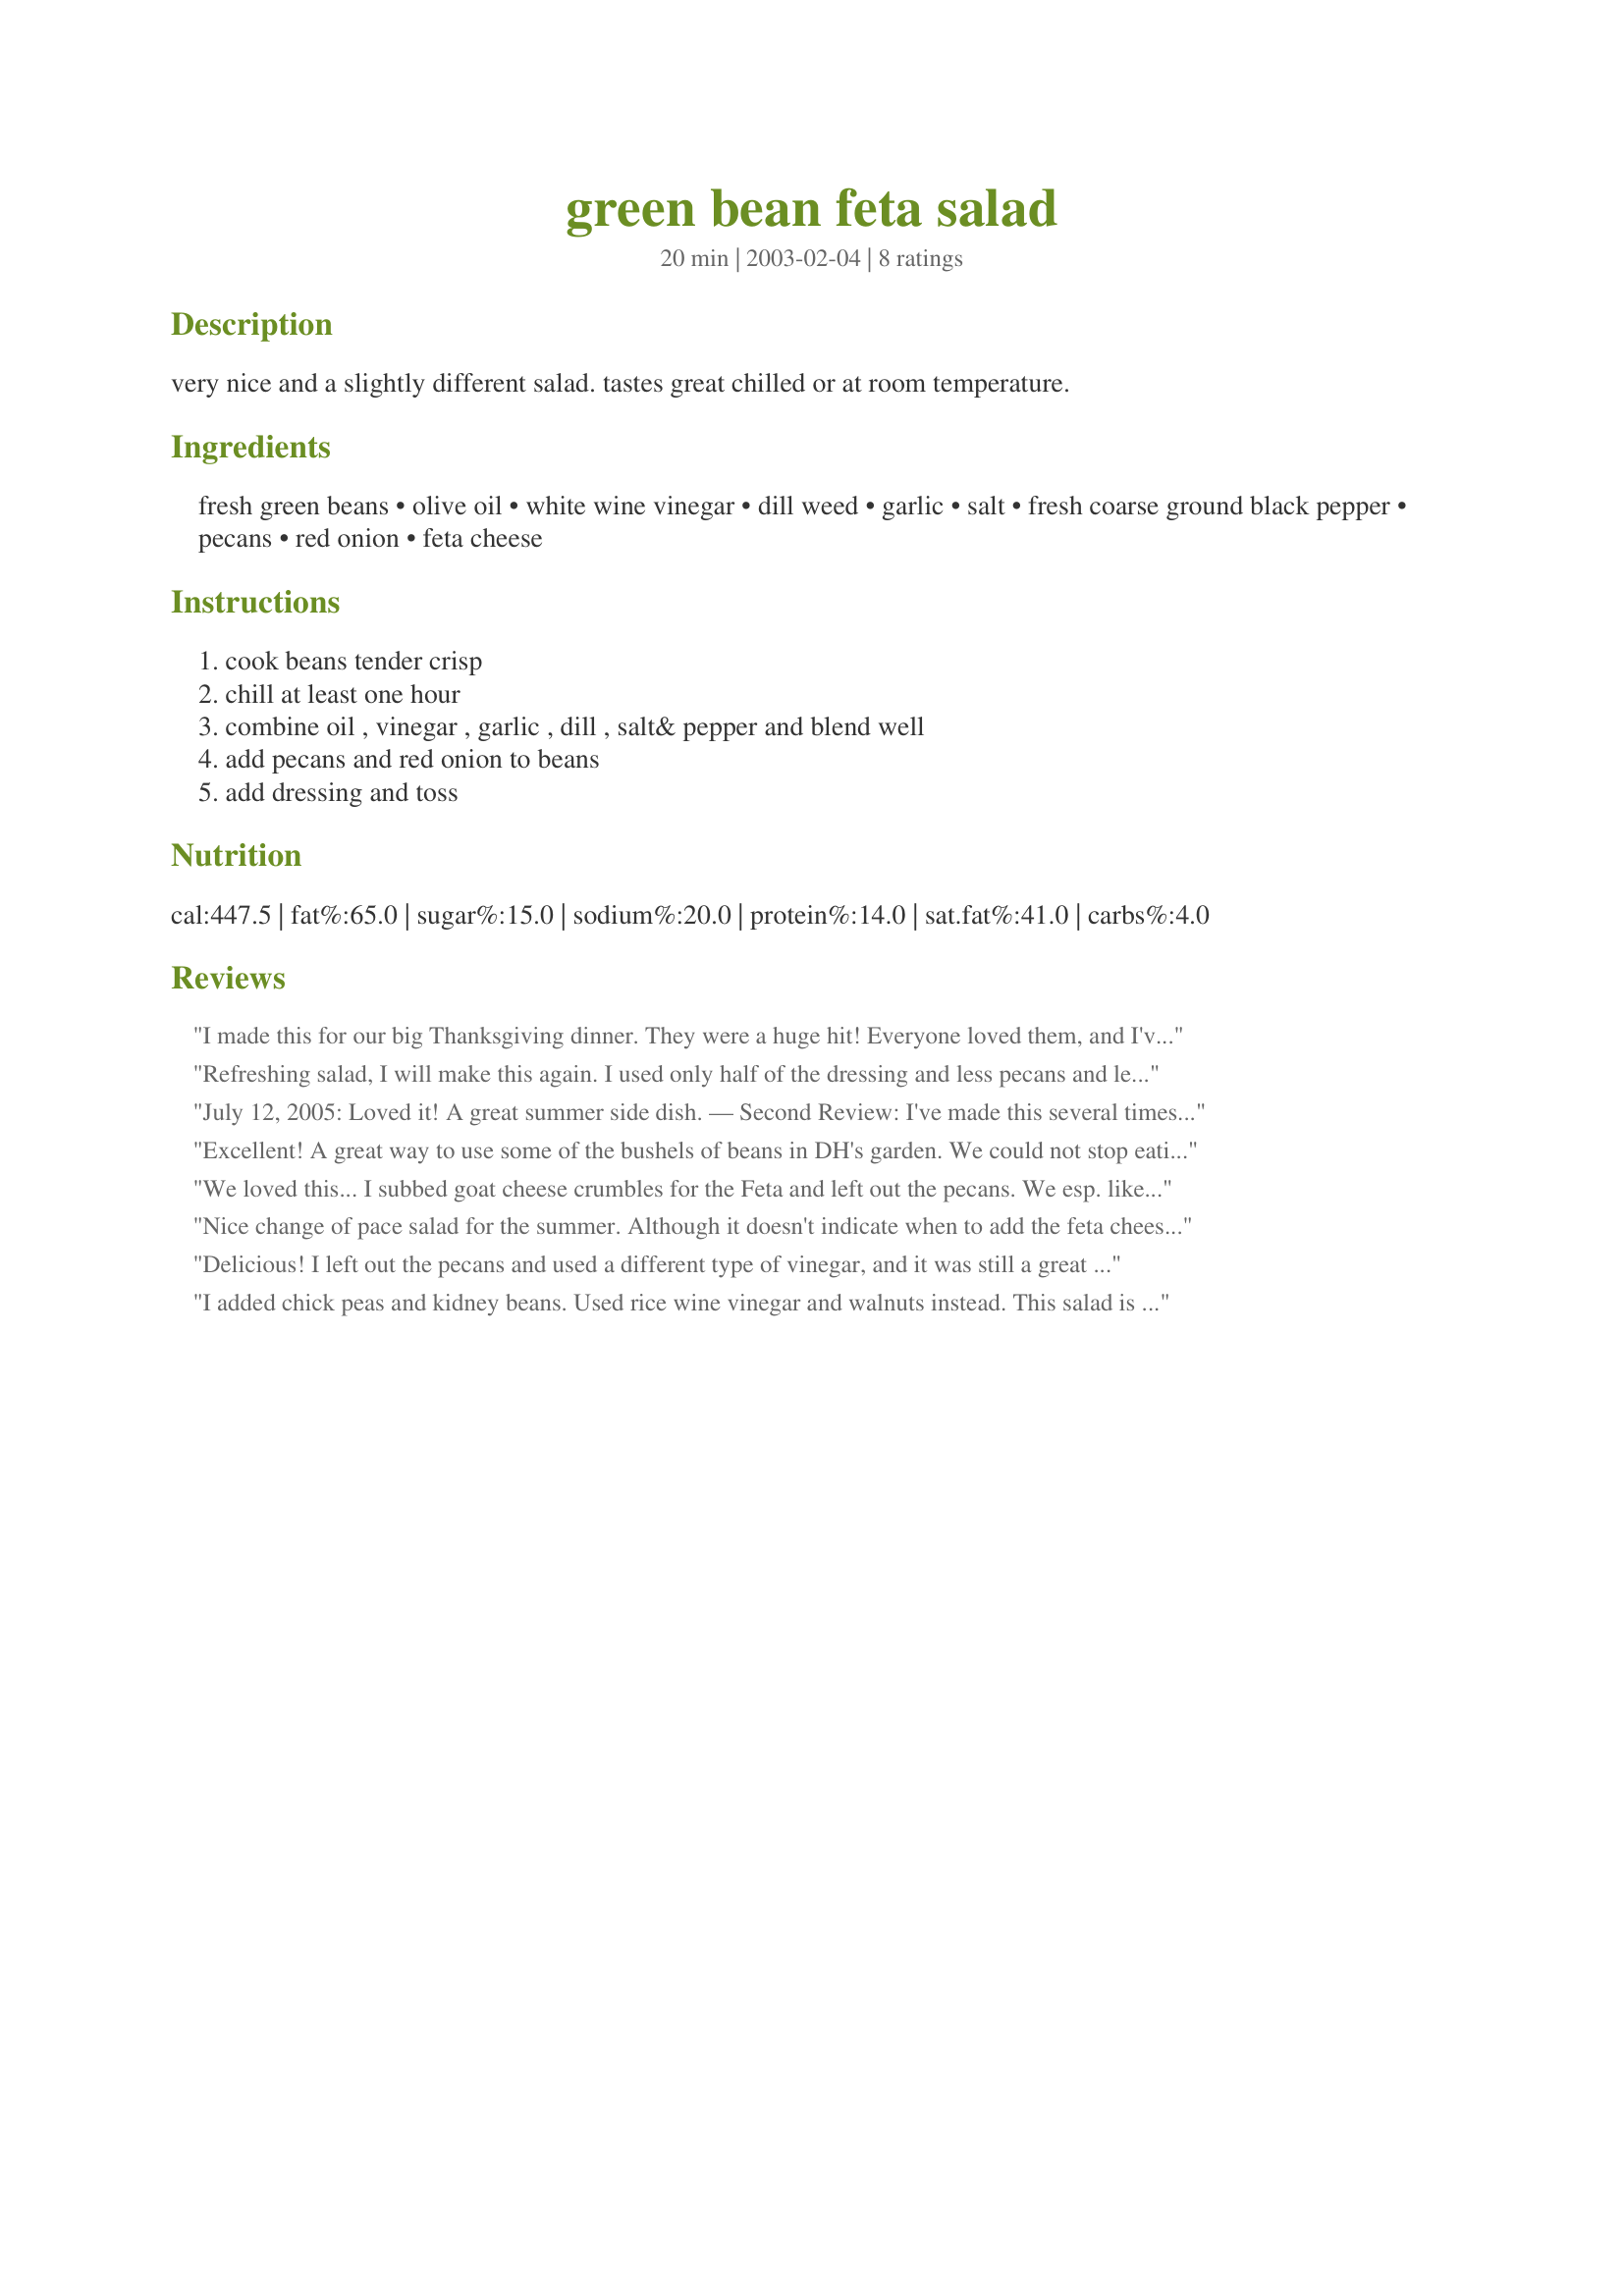
green bean feta salad
Preparation time: 20 minutes

very nice and a slightly different salad. tastes great chilled or at room temperature.

Ingredients:
fresh green beans, olive oil, white wine vinegar, dill weed, garlic, salt, fresh coarse ground black pepper, pecans, red onion, feta cheese

Steps:
cook beans tender crisp, chill at least one hour, combine oil , vinegar , garlic , dill , salt& pepper and blend well, add pecans and red onion to beans, add dressing and toss

Reviews:
I made this for our big Thanksgiving dinner. They were a huge hit! Everyone loved them, and I've been assigned to making them again next year...lucky for me because they are super easy and fast to make!
Refreshing salad, I will make this again. I used only half of the dressing and less pecans and less feta cheese and fresh cooked beans.
July 12, 2005: Loved it! A great summer side dish. — Second Review: I've made this several times this summer and everyone loves it. Last weekend, I brought this salad to a party and it was the only empty dish at the end of the night. The hostess was disappointed because she wanted some leftovers! I cut the fresh green beans into 1" pieces after cooking,a nd I do NOT think using canned or frozen green beans would work well. I've been using fresh dill, about 1-2 tablespoons. The directions omit when to add the feta; I add it with the pecans and onions. The last time we made this salad, my DH suggested buying a garlic/herb seasoned feta, and that was nice also. Thanks again!
Excellent! A great way to use some of the bushels of beans in DH's garden. We could not stop eating this-thank you for something new and different
We loved this...
I subbed goat cheese crumbles for the Feta and left out the pecans.
We esp. liked the dill and garlic flavor combo. Thanks for this keeper.
Nice change of pace salad for the summer. Although it doesn't indicate when to add the feta cheese I added it with the dressing in step 5. This recipe makes a lot of dressing but the leftover dressing will make a delicious marinade for a later use.
Delicious! I left out the pecans and used a different type of vinegar, and it was still a great salad. Thanks for sharing.
I added chick peas and kidney beans. Used rice wine vinegar and walnuts instead. This salad is amazing...quick and easy and DELICIOUS.
